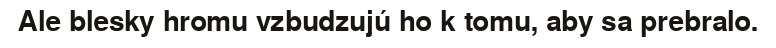
Ale blesky hromu vzbudzujú ho k tomu, aby sa prebralo.